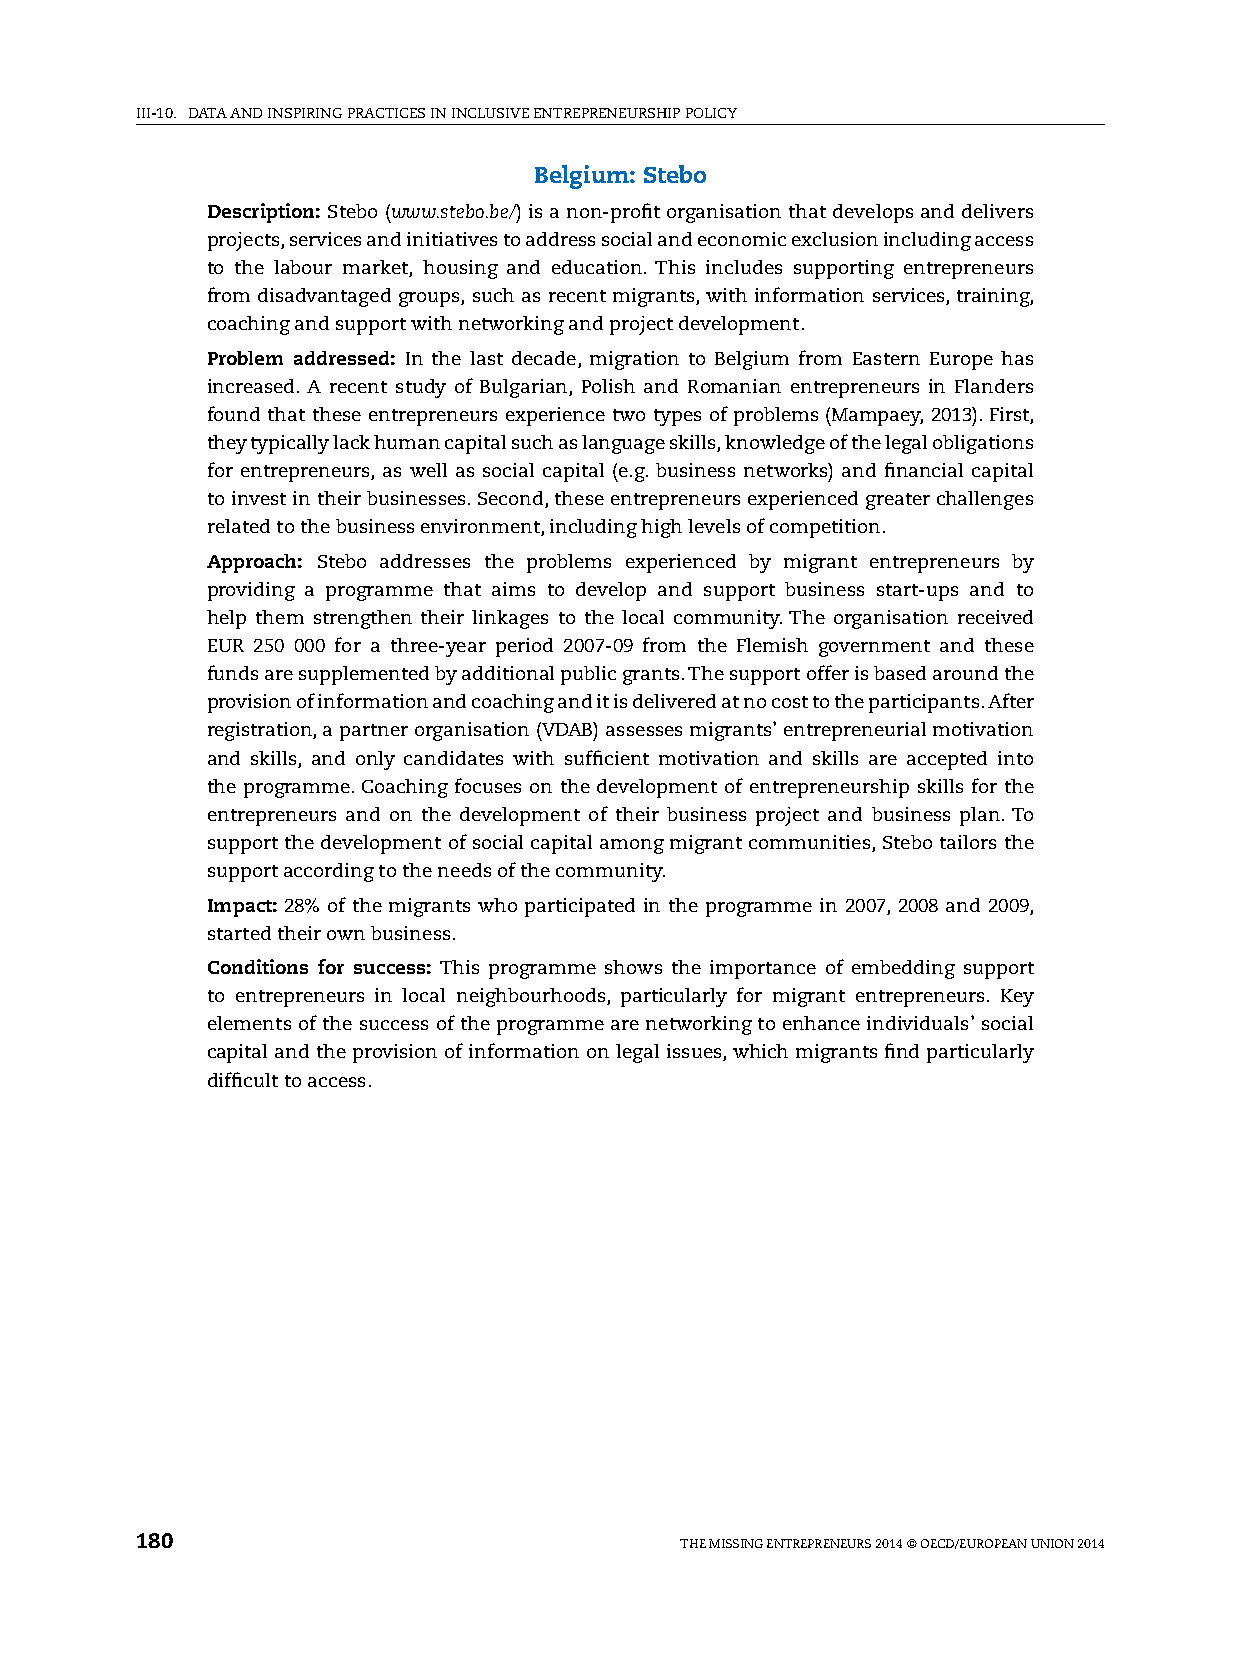
iii-10. DATA AnD inspiring prACTiCes in inClusive enTrepreneurship pOliCy
 Belgium: Stebo
 Description: stebo (www.stebo.be/) is a non-profit organisation that develops and delivers
 projects, services and initiatives to address social and economic exclusion including access
 to the labour market, housing and education. This includes supporting entrepreneurs
 from disadvantaged groups, such as recent migrants, with information services, training,
 coaching and support with networking and project development.
 Problem addressed: in the last decade, migration to Belgium from eastern europe has
 increased. A recent study of Bulgarian, polish and romanian entrepreneurs in Flanders
 found that these entrepreneurs experience two types of problems (Mampaey, 2013). First,
 they typically lack human capital such as language skills, knowledge of the legal obligations
 for entrepreneurs, as well as social capital (e.g. business networks) and financial capital
 to invest in their businesses. second, these entrepreneurs experienced greater challenges
 related to the business environment, including high levels of competition.
 Approach: stebo addresses the problems experienced by migrant entrepreneurs by
 providing a programme that aims to develop and support business start-ups and to
 help them strengthen their linkages to the local community. The organisation received
 eur 250 000 for a three-year period 2007-09 from the Flemish government and these
 funds are supplemented by additional public grants. The support offer is based around the
 provision of information and coaching and it is delivered at no cost to the participants. After
 registration, a partner organisation (vDAB) assesses migrants’ entrepreneurial motivation
 and skills, and only candidates with sufficient motivation and skills are accepted into
 the programme. Coaching focuses on the development of entrepreneurship skills for the
 entrepreneurs and on the development of their business project and business plan. To
 support the development of social capital among migrant communities, stebo tailors the
 support according to the needs of the community.
 Impact: 28% of the migrants who participated in the programme in 2007, 2008 and 2009,
 started their own business.
 Conditions for success: This programme shows the importance of embedding support
 to entrepreneurs in local neighbourhoods, particularly for migrant entrepreneurs. Key
 elements of the success of the programme are networking to enhance individuals’ social
 capital and the provision of information on legal issues, which migrants find particularly
 difficult to access.
 180                                 The Missing enTrepreneurs 2014 © OeCD/eurOpeAn uniOn 2014